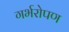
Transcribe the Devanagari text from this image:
गर्भरोपण